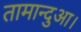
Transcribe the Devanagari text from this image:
तामान्दुआ।